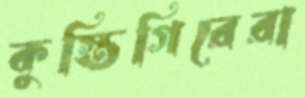
কুস্তিগিরেরা